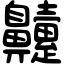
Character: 䶑